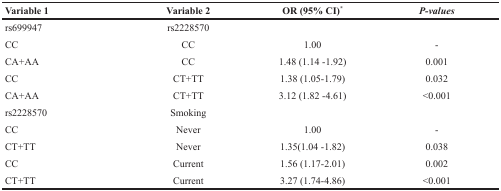
| Variable 1 | Variable 2 | OR (95% CI)* | P-values |
 | --- | --- | --- | --- |
 | rs699947 | rs2228570 |  |  |
 | CC | CC | 1.00 | - |
 | CA+AA | CC | 1.48 (1.14 -1.92) | 0.001 |
 | CC | CT+TT | 1.38 (1.05-1.79) | 0.032 |
 | CA+AA | CT+TT | 3.12 (1.82 -4.61) | <0.001 |
 | rs2228570 | Smoking |  |  |
 | CC | Never | 1.00 | - |
 | CT+TT | Never | 1.35(1.04 -1.82) | 0.038 |
 | CC | Current | 1.56 (1.17-2.01) | 0.002 |
 | CT+TT | Current | 3.27 (1.74-4.86) | <0.001 |